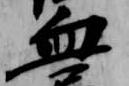
血